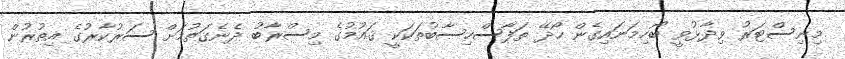
މިނިސްޓަރު ވިދާޅުވީ ބޯހިމަނައިގެން ހޯދޭ ތަފާސްހިސާބުތަކަކީ ޤައުމުގެ މިސްރާބު ދެނެގަތުމަށް ސަރުކާރުގެ އިތުރުން